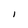
Character: I